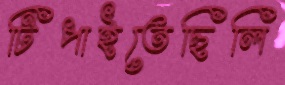
টিপাইতেছিলি